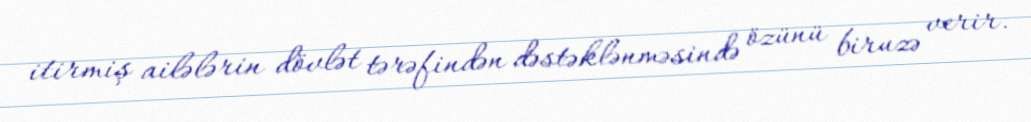
itirmiş ailələrin dövlət tərəfindən dəstəklənməsində özünü biruzə verir.